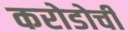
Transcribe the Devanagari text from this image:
करोडोची